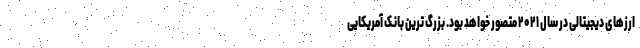
ارزهای دیجیتالی در سال ۲۰۲۱ متصور خواهد بود. بزرگ ترین بانک آمریکایی